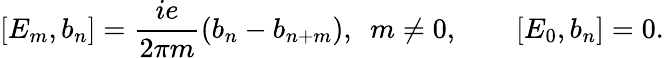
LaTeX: [E_{m},b_{n}]=\frac{ie}{2\pi m}\left(b_{n}-b_{n+m}\right),\ \ m\neq 0,\qquad[E_{0},b_{n}]=0.